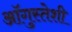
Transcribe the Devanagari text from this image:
ऑगुस्तेशी